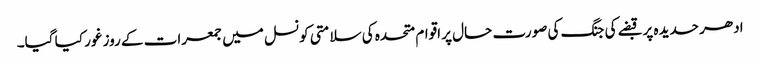
ادھر حدیدہ پر قبضے کی جنگ کی صورت حال پر اقوام متحدہ کی سلامتی کونسل میں جمعرات کے روز غور کیا گیا۔